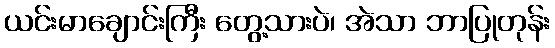
ယင်းမာချောင်းကြီး တွေ့သားပဲ၊ အဲသာ ဘာပြုတုန်း